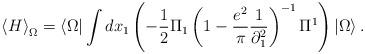
LaTeX: \begin{align*}\left\langle H \right\rangle _\Omega = \left\langle \Omega\right|\int {dx_1 } \left( { - \frac{1}{2}\Pi _1 \left( {1 -\frac{{e^2 }}{\pi }\frac{1}{{\partial _1^2 }}} \right)^{-1} \Pi ^1} \right)\left| \Omega \right\rangle . \end{align*}